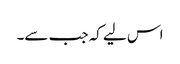
اس لیے کہ جب سے۔